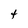
Character: t